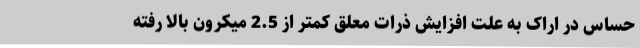
حساس در اراک به علت افزایش ذرات معلق کمتر از 2.5 میکرون بالا رفته